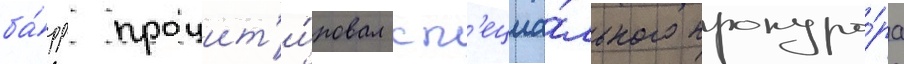
ба́рр процит'и́ровал сп'ециа́льного прокуро́ра